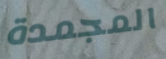
المجمدة